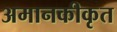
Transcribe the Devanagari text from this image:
अमानकीकृत